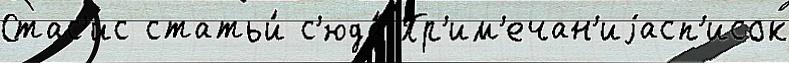
Стас'ис статьи́ с'юда́ Пр'им'ечан'иjасп'исок